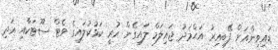
ޑައިވިންއަށް ފޭބިއިރު އަޙްމަދު ޖައިލަމް ލައިގެން ހުރީ ކަޅުކުލައިގެ ވެޓް ސޫޓަކާއި އަދި